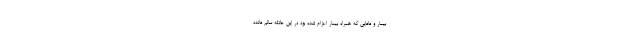
بیمار و مامایی که همراه بیمار اعزام شده بود در این حادثه سالم مانده